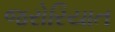
જરોરિયાત